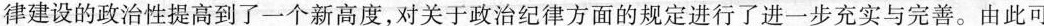
律建设的政治性提高到了一个新高度，对关于政治纪律方面的规定进行了进一步充实与完善。由此可